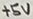
Text: +5V